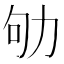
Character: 劬